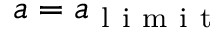
a = a _ { \mathrm { ~ l ~ i ~ m ~ i ~ t ~ } }